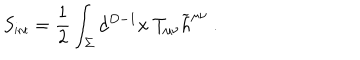
LaTeX: S _ { \mathrm { { \small i n t } } } = { \frac { 1 } { 2 } } \int _ { \Sigma } d ^ { D - 1 } x ~ T _ { \mu \nu } { \widetilde h } ^ { \mu \nu } ~ .